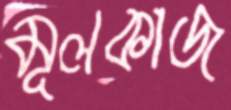
মূলকাজ